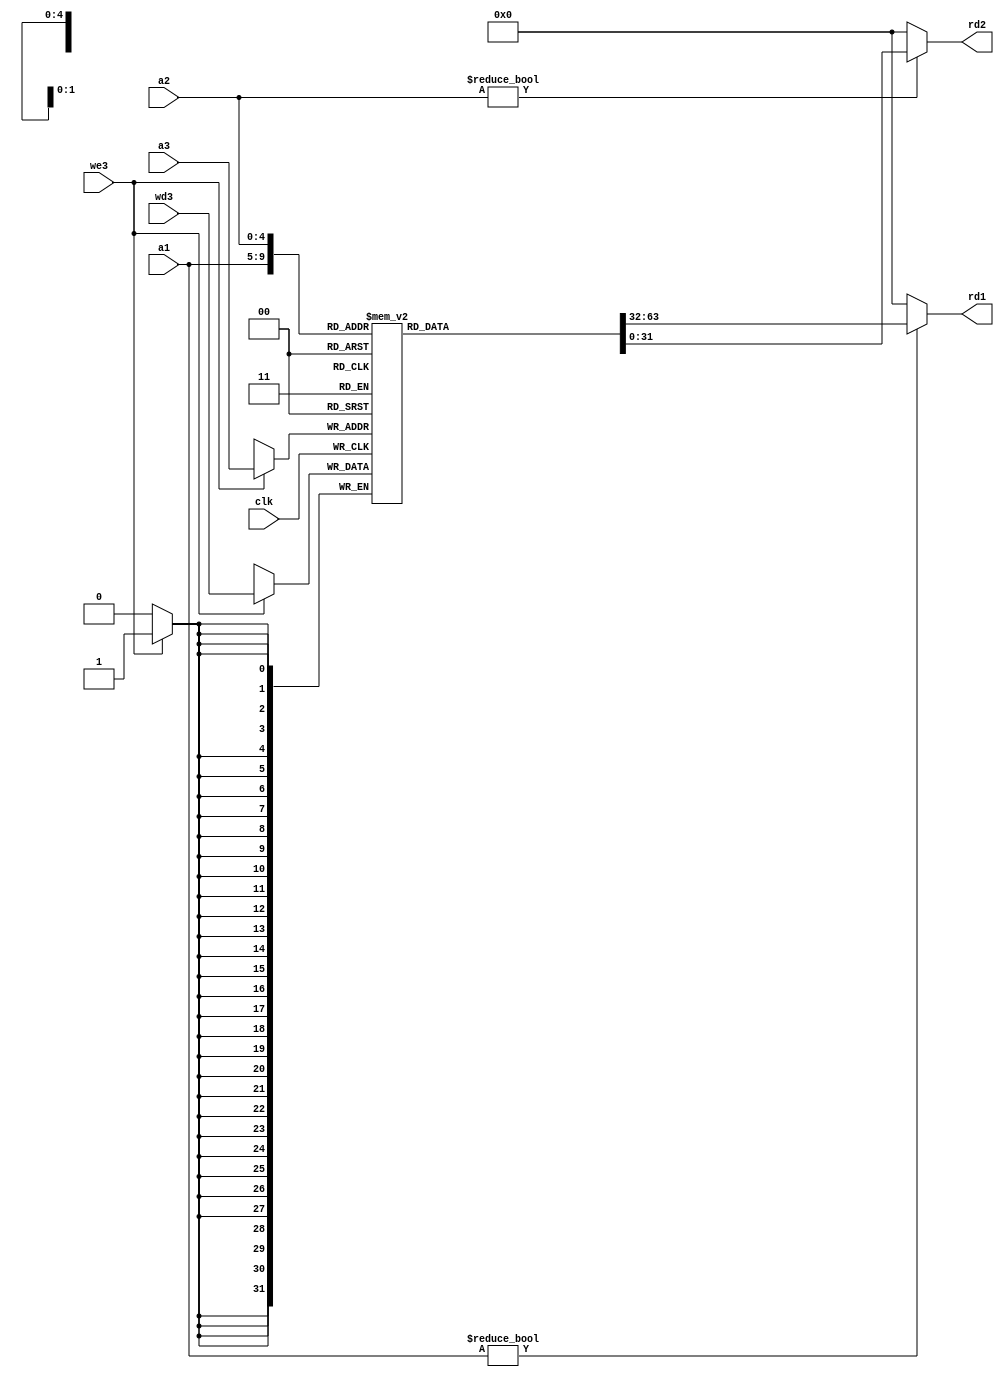
module regfile (
	clk,
	we3,
	a1,
	a2,
	a3,
	wd3,
	rd1,
	rd2
);
	input wire clk;
	input wire we3;
	input wire [4:0] a1;
	input wire [4:0] a2;
	input wire [4:0] a3;
	input wire [31:0] wd3;
	output wire [31:0] rd1;
	output wire [31:0] rd2;
	reg [31:0] rf [31:0];
	
	initial
	   rf[0] <= 32'b0;
	
	always @(posedge clk)
		if (we3)
			rf[a3] <= wd3;
	assign rd1 = (a1 != 0 ? rf[a1] : 0);
	assign rd2 = (a2 != 0 ? rf[a2] : 0);
endmodule